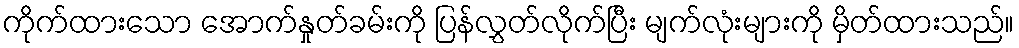
ကိုက်ထားသော အောက်နှုတ်ခမ်းကို ပြန်လွှတ်လိုက်ပြီး မျက်လုံးများကို မှိတ်ထားသည်။